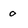
Character: o